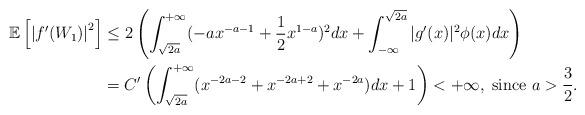
LaTeX: \begin{align*}\mathbb{E}\left[ \left| f'(W_1)\right|^2\right]& \leq 2\left(\int_{\sqrt{2a}}^{+\infty} (-a x^{-a-1} +\frac12 x^{1-a})^2 dx + \int_{-\infty}^{\sqrt{2a}} |g'(x)|^2 \phi(x) dx\right) \\& = C'\left( \int_{\sqrt{2a}}^{+\infty} (x^{-2a-2} + x^{-2a+2} + x^{-2a})dx +1 \right)<+\infty, \; \textrm{since } a> \frac32.\end{align*}